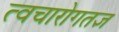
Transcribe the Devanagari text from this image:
त्वचारोगतज्ञ